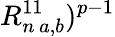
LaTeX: R_{n\, a,b}^{11})^{p-1}